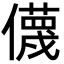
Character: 㒝